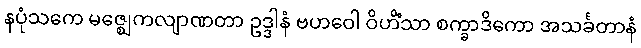
နပုံသကေ မဇ္ဈေကလျာဏတာ ဥဒ္ဒါနံ ဗဟဝေါ ဝိဟိံသာ စက္ခာဒိကော အသင်္ခတာနံ